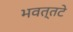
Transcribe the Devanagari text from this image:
भवत्तटे